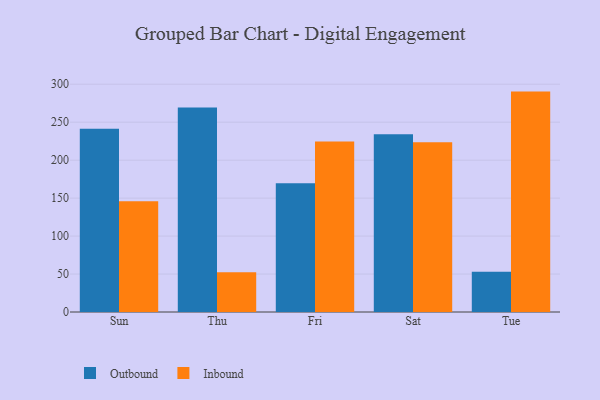
{"axis": {"x": "Day", "y": "Revenue (USD Million)"}, "legend": ["Inbound", "Outbound"], "data": [{"x": "Sun", "y": 241.3, "type": "Outbound"}, {"x": "Sun", "y": 146.0, "type": "Inbound"}, {"x": "Thu", "y": 269.3, "type": "Outbound"}, {"x": "Thu", "y": 52.5, "type": "Inbound"}, {"x": "Fri", "y": 169.6, "type": "Outbound"}, {"x": "Fri", "y": 224.5, "type": "Inbound"}, {"x": "Sat", "y": 234.0, "type": "Outbound"}, {"x": "Sat", "y": 223.5, "type": "Inbound"}, {"x": "Tue", "y": 53.1, "type": "Outbound"}, {"x": "Tue", "y": 290.3, "type": "Inbound"}]}